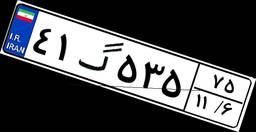
۴۱گ۵۳۵۷۵